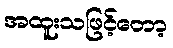
အထူးသဖြင့်တော့